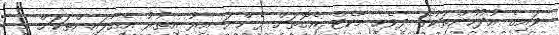
ވައިގެ އުދުހުންތަކުގެ ދިވެހި މާކެޓް އެގޮތަށް ފެންނަ އިރު އިތުރު އެއާލައިންތަކަށް މި